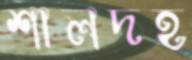
শালদহ